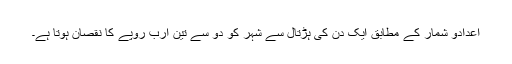
اعدادو شمار کے مطابق ایک دن کی ہڑتال سے شہر کو دو سے تین ارب روپے کا نقصان ہوتا ہے۔